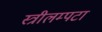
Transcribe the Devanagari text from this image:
स्त्रीलम्पटा